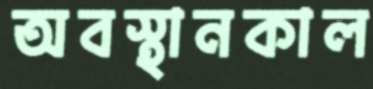
অবস্থানকাল